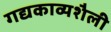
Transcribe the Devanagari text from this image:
गद्यकाव्यशैली